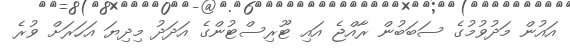
އައުން މަދުވުމުގެ ސަބަބުން ރާއްޖެ އައި ޓޫރިސްޓުންގެ އަދަދު މިދިޔަ އަހަރަށް ވުރެ